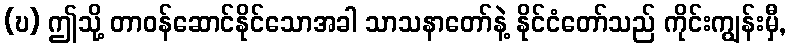
(ဎ) ဤသို့ တာဝန်ဆောင်နိုင်သောအခါ သာသနာတော်နဲ့ နိုင်ငံတော်သည် ကိုင်းကျွန်းမှီ,